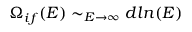
\Omega _ { i f } ( E ) \sim _ { E \rightarrow \infty } d l n ( E )